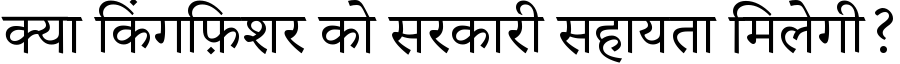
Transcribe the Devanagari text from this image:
क्या किंगफ़िशर को सरकारी सहायता मिलेगी?